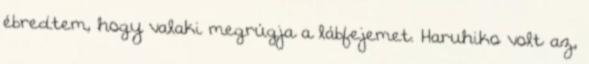
ébredtem, hogy valaki megrúgja a lábfejemet. Haruhiko volt az,